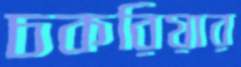
চকরিয়ার